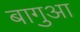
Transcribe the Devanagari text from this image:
बागुआ